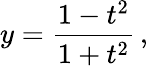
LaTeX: y={\frac{1-t^{2}}{1+t^{2}}}\, ,